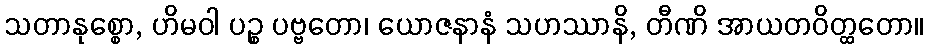
သတာနုစ္စော, ဟိမဝါ ပဉ္စ ပဗ္ဗတော၊ ယောဇနာနံ သဟဿာနိ, တီဏိ အာယတဝိတ္ထတော။